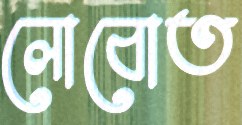
লোবোত